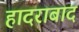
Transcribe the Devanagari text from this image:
हादराबाद